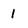
Character: 1